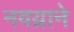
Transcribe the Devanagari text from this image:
नवय्राने